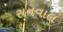
સનવાલ